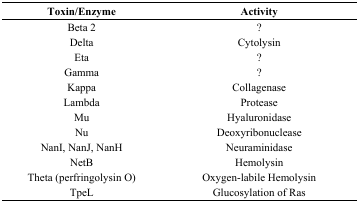
| Toxin/Enzyme | Activity |
 | --- | --- |
 | Beta 2 | ? |
 | Delta | Cytolysin |
 | Eta | ? |
 | Gamma | ? |
 | Kappa | Collagenase |
 | Lambda | Protease |
 | Mu | Hyaluronidase |
 | Nu | Deoxyribonuclease |
 | NanI, NanJ, NanH | Neuraminidase |
 | NetB | Hemolysin |
 | Theta (perfringolysin O) | Oxygen-labile Hemolysin |
 | TpeL | Glucosylation of Ras |